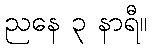
ညနေ ၃ နာရီ။